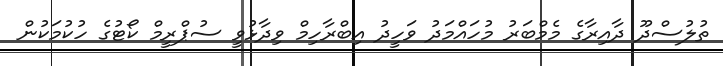
ތުލުސްދޫ ދާއިރާގެ މެމްބަރު މުހައްމަދު ވަހީދު އިބްރާހިމް ވިދާޅުވީ ސުޕްރީމް ކޯޓުގެ ހުކުމަކުން